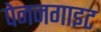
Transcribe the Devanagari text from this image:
पेननगाइट